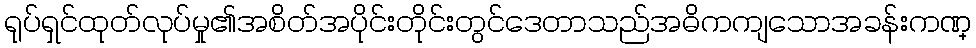
ရုပ်ရှင်ထုတ်လုပ်မှု၏အစိတ်အပိုင်းတိုင်းတွင်ဒေတာသည်အဓိကကျသောအခန်းကဏ္